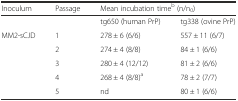
<table><thead><tr><td><b>Inoculum</b></td><td><b>Passage</b></td><td colspan="2"><b>Mean incubation time<sup>b</sup> (n/n<sub>0</sub>)</b></td></tr></thead><tbody><tr><td></td><td></td><td>tg650 (human PrP)</td><td>tg338 (ovine PrP)</td></tr><tr><td>MM2-sCJD</td><td>1</td><td>278 ± 6 (6/6)</td><td>557 ± 11 (6/7)</td></tr><tr><td></td><td>2</td><td>274 ± 4 (8/8)</td><td>84 ± 1 (6/6)</td></tr><tr><td></td><td>3</td><td>280 ± 4 (12/12)</td><td>81 ± 2 (6/6)</td></tr><tr><td></td><td>4</td><td>268 ± 4 (8/8)<sup>a</sup></td><td>78 ± 2 (7/7)</td></tr><tr><td></td><td>5</td><td>nd</td><td>80 ± 1 (6/6)</td></tr></tbody></table>